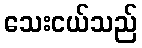
သေးငယ်သည်